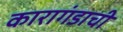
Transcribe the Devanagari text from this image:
कारागंडाची